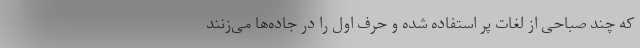
که چند صباحی از لغات پر استفاده‌ شده و حرف اول را در جاده‌ها می‌زنند